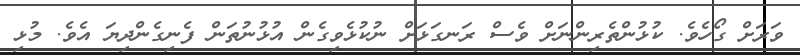
ވަރަށް ގޯހެވެ. ކުޅުންތެރިންނަށް ވެސް ރަނގަޅަށް ނުކުޅެވިގެން އުޅުނުތަން ފެނިގެންދިޔަ އެވެ. މުޅި